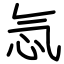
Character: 忥